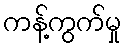
ကန့်ကွက်မှု